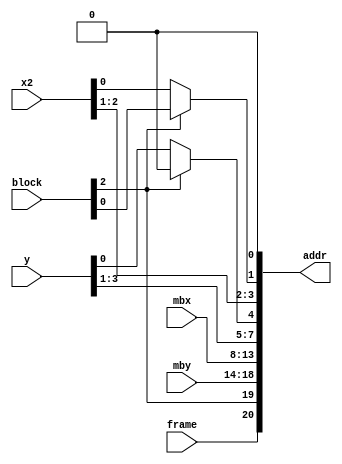
module m2vfbagen #(
	parameter
	MEM_WIDTH = 21,
	MBX_WIDTH = 6,
	MBY_WIDTH = 5
) (
	input [2:0] block,
	input frame,
	input [(MBX_WIDTH-1):0] mbx,
	input [2:0] x2,
	input [(MBY_WIDTH-1):0] mby,
	input [3:0] y,
	output [(MEM_WIDTH-1):0] addr
);

localparam REQUIRED_WIDTH = MBX_WIDTH + MBY_WIDTH + 10;

assign addr[(REQUIRED_WIDTH-1):0] =
{
	frame,
	block[2],
	mby,
	mbx,
	y[3:1], block[2] ? 1'b0 : y[0],
	x2[2:1], block[2] ? block[0] : x2[0],
	1'b0
};

generate
	if(MEM_WIDTH > REQUIRED_WIDTH)
		assign addr[(MEM_WIDTH-1):REQUIRED_WIDTH] =
			{(MEM_WIDTH-REQUIRED_WIDTH){1'b0}};
endgenerate

endmodule